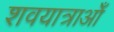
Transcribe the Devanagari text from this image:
शवयात्राओँ